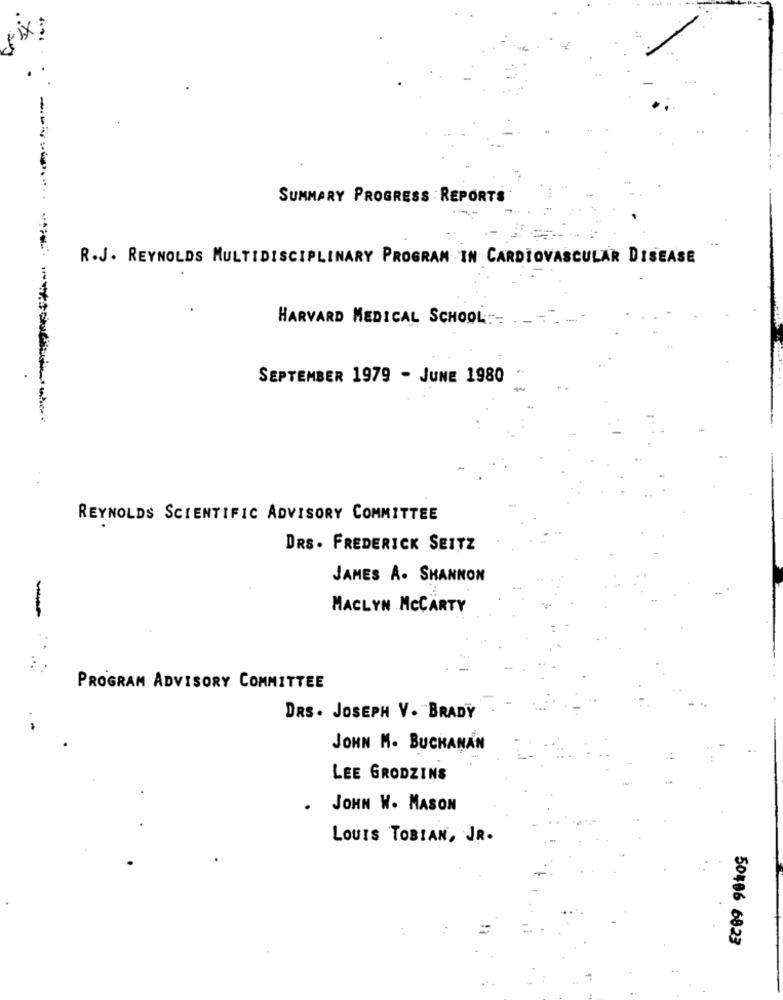
fix :
SUMMARY PROGRESS REPORTS
R.J. REYNOLDS MULTIDISCIPLINARY PROGRAM IN CARDIOVASCULAR DISEASE
HARVARD MEDICAL SCHOOL :- ----
SEPTEMBER 1979 - JUNE 1980
REYNOLDS SCIENTIFIC ADVISORY COMMITTEE
DRS. FREDERICK SEITZ
JAMES A. SHANNON
MACLYN MCCARTY
-
PROGRAM ADVISORY COMMITTEE
DRS . JOSEPH V. BRADY
JOHN M. BUCHANAN
LEE GRODZINS
JOHN W. MASON
LOUIS TOBIAN, JR.
50486 6823